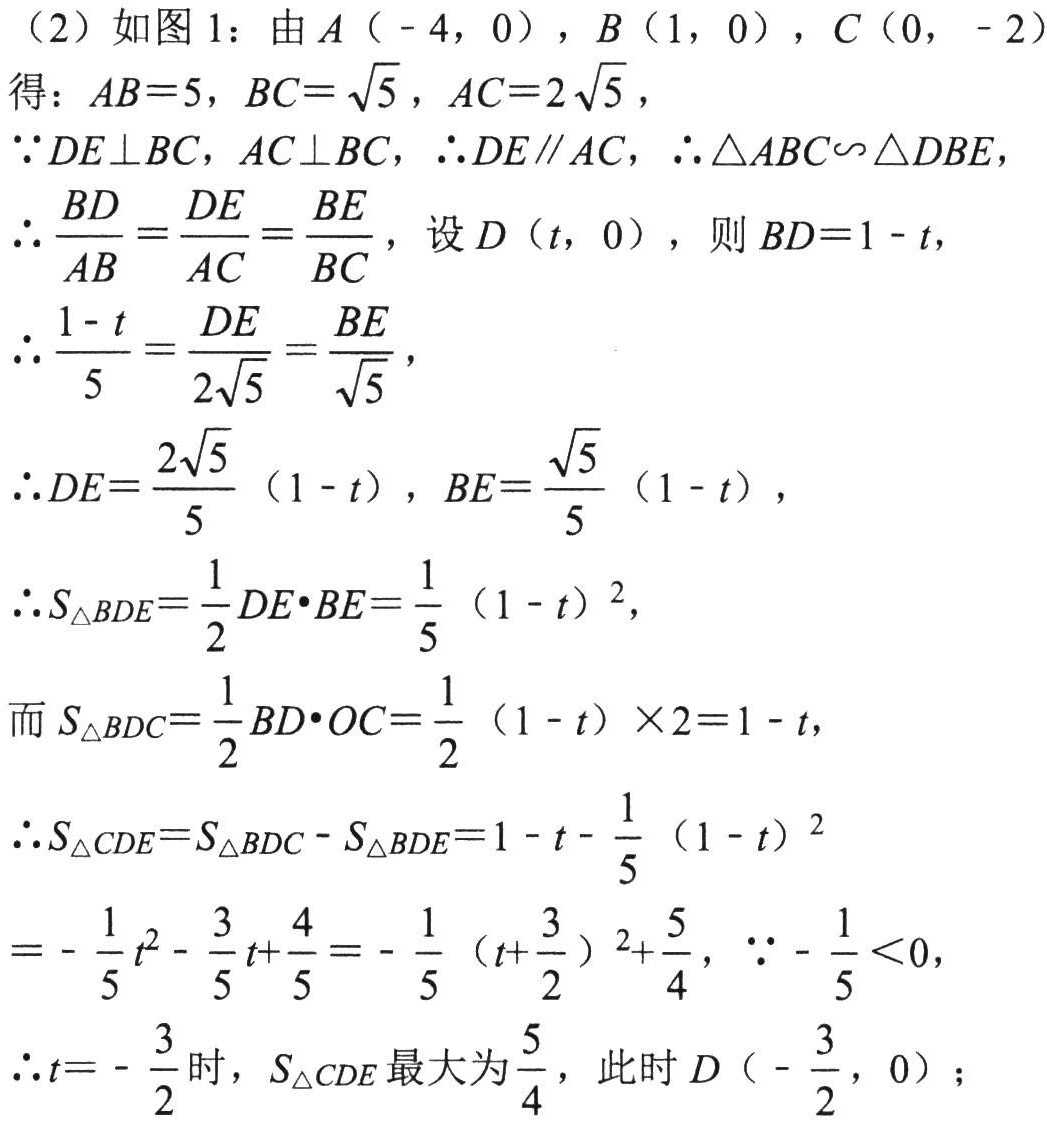
（2）如图1：由$A(-4,0)$，$B(1,0)$，$C(0,-2)$
得：$AB = 5$，$BC=\sqrt{5}$，$AC = 2\sqrt{5}$，
$\because DE\perp BC$，$AC\perp BC$，$\therefore DE\parallel AC$，$\therefore \triangle ABC\backsim\triangle DBE$，
$\therefore \frac{BD}{AB}=\frac{DE}{AC}=\frac{BE}{BC}$，设$D(t,0)$，则$BD = 1 - t$，
$\therefore \frac{1 - t}{5}=\frac{DE}{2\sqrt{5}}=\frac{BE}{\sqrt{5}}$，
$\therefore DE=\frac{2\sqrt{5}}{5}(1 - t)$，$BE=\frac{\sqrt{5}}{5}(1 - t)$，
$\therefore S_{\triangle BDE}=\frac{1}{2}DE\cdot BE=\frac{1}{5}(1 - t)^{2}$，
而$S_{\triangle BDC}=\frac{1}{2}BD\cdot OC=\frac{1}{2}(1 - t)\times2 = 1 - t$，
$\therefore S_{\triangle CDE}=S_{\triangle BDC}-S_{\triangle BDE}=1 - t-\frac{1}{5}(1 - t)^{2}$
$=-\frac{1}{5}t^{2}-\frac{3}{5}t+\frac{4}{5}=-\frac{1}{5}(t + \frac{3}{2})^{2}+\frac{5}{4}$，$\because-\frac{1}{5}<0$，
$\therefore t = -\frac{3}{2}$时，$S_{\triangle CDE}$最大为$\frac{5}{4}$，此时$D(-\frac{3}{2},0)$；